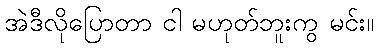
အဲဒီလိုပြောတာ ငါ မဟုတ်ဘူးကွ မင်း။